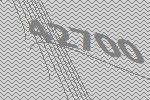
42700